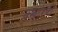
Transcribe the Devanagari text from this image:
वखारही